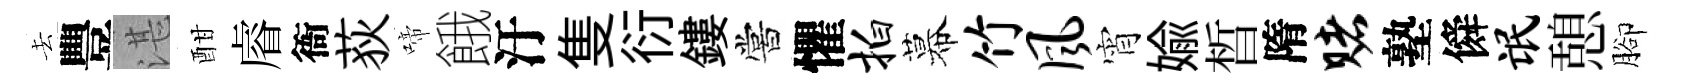
去豐湛酣𥈠衙荻啼餓汙隻衍鏤嘗懼拍幕竹风宵媮晳隋赌塾僢氓憩腳